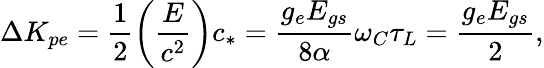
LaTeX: \Delta K_{pe}=\frac{1}{2}\left(\frac{E}{c^{2}}\right)c_{*}=\frac{g_{e}E_{gs}}{8\alpha}\omega_{C}\tau_{L}=\frac{g_{e}E_{gs}}{2},